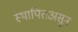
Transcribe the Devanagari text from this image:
स्थापितअसून